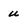
Character: u